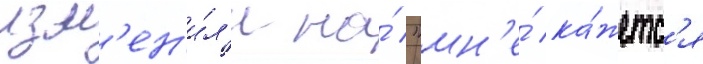
изм'ен'и́л'и на́ "мн'е́ ка́жетс'я